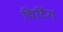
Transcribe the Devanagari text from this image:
चिटिंग